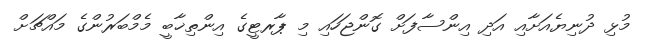
މުޅި ދުނިޔެއަށާއި އަދި އިންސާފަށް ގޮންޖަހައި މި ޕާރޓީގެ އިންތިޚާބީ މެމްބަރުންގެ މައްޗަށް